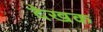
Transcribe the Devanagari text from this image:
देखक